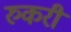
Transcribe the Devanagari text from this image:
रुकरी